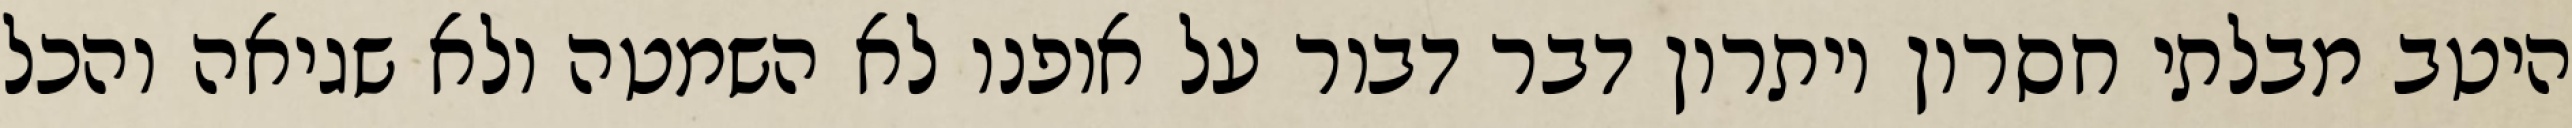
היטב מבלתי חסרון ויתרון דבר דבור על אופנו לא השמטה ולא שגיאה והכל